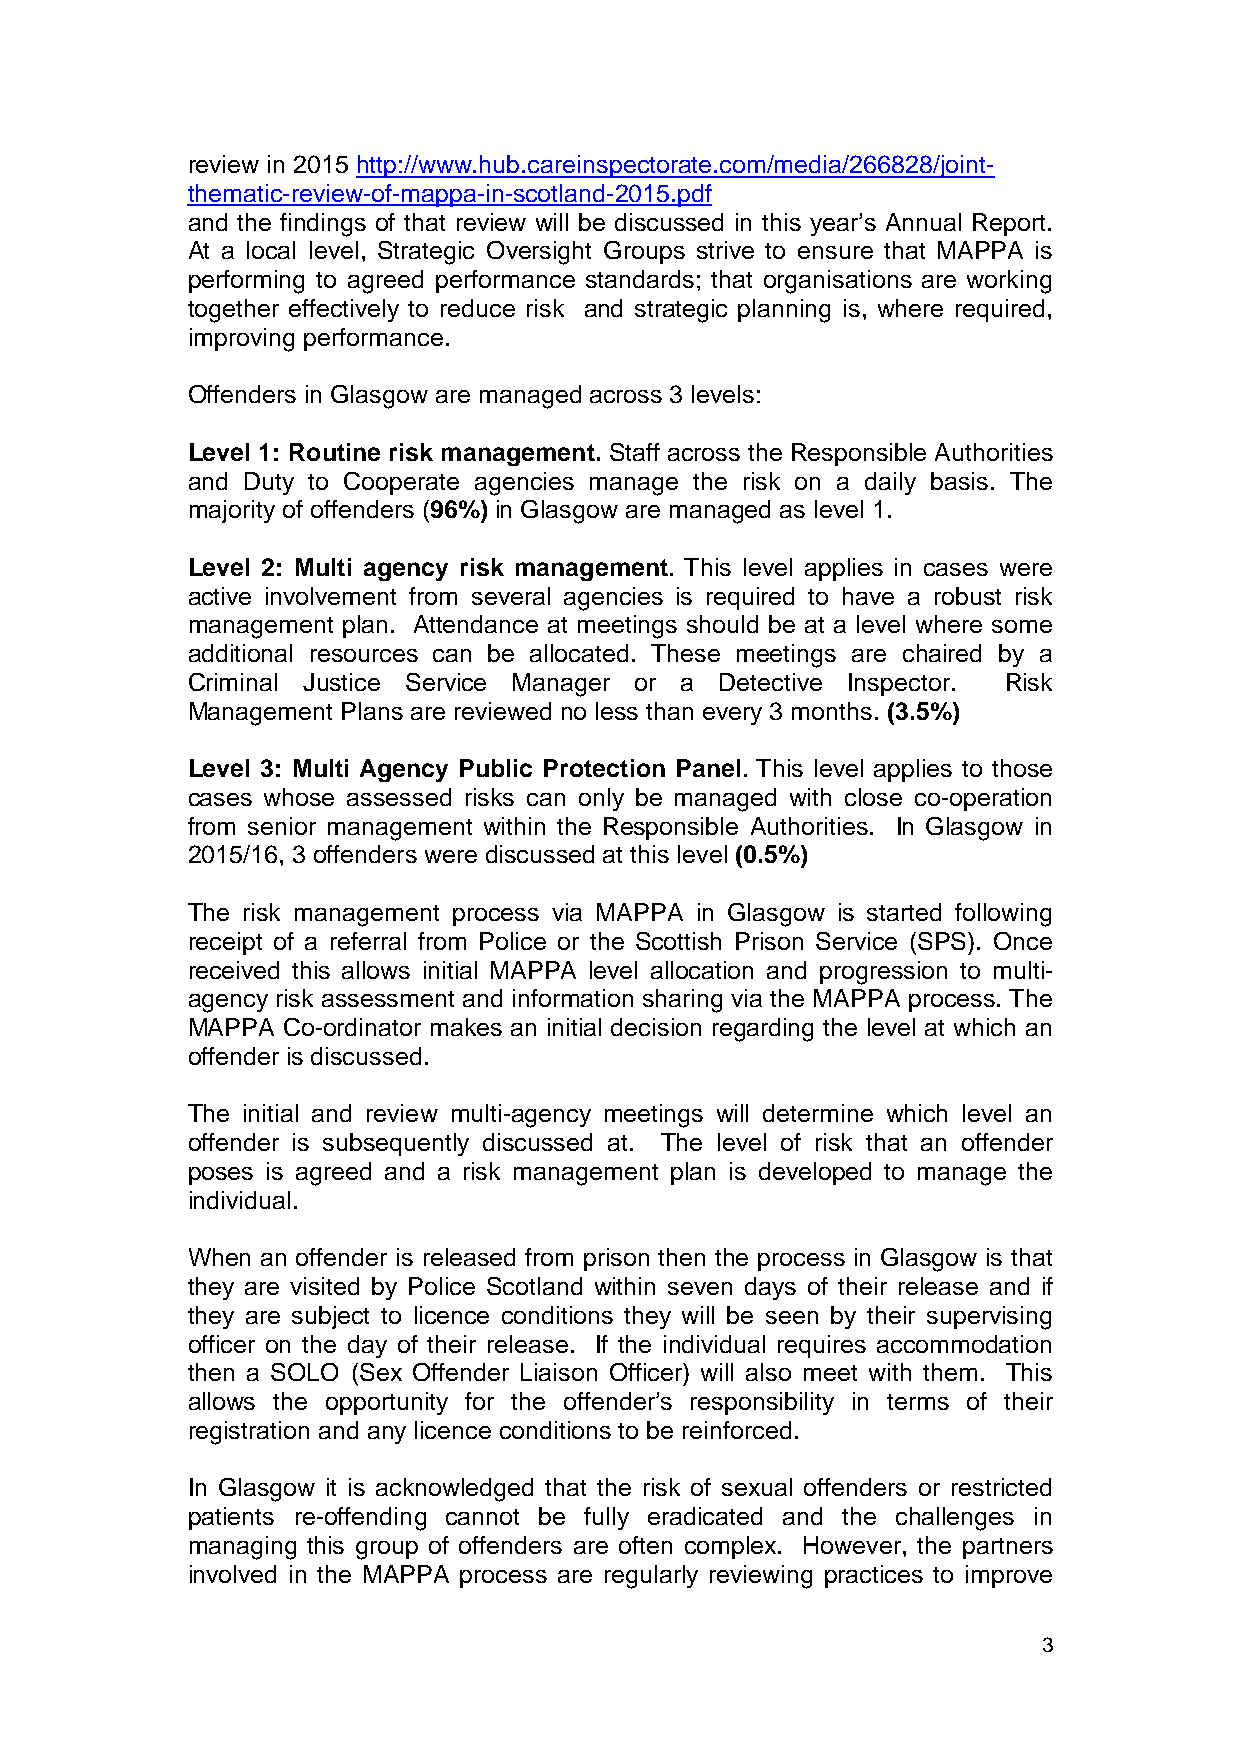
review in 2015 http://www.hub.careinspectorate.com/media/266828/joint-
 thematic-review-of-mappa-in-scotland-2015.pdf
 and the findings of that review will be discussed in this year’s Annual Report.
 At a local level, Strategic Oversight Groups strive to ensure that MAPPA is
 performing to agreed performance standards; that organisations are working
 together effectively to reduce risk and strategic planning is, where required,
 improving performance.
 Offenders in Glasgow are managed across 3 levels:
 Level 1: Routine risk management. Staff across the Responsible Authorities
 and Duty to Cooperate agencies manage the risk on a daily basis. The
 majority of offenders (96%) in Glasgow are managed as level 1.
 Level 2: Multi agency risk management. This level applies in cases were
 active involvement from several agencies is required to have a robust risk
 management plan. Attendance at meetings should be at a level where some
 additional resources can be allocated. These meetings are chaired by a
 Criminal Justice Service Manager or a Detective Inspector. Risk
 Management Plans are reviewed no less than every 3 months. (3.5%)
 Level 3: Multi Agency Public Protection Panel. This level applies to those
 cases whose assessed risks can only be managed with close co-operation
 from senior management within the Responsible Authorities. In Glasgow in
 2015/16, 3 offenders were discussed at this level (0.5%)
 The risk management process via MAPPA in Glasgow is started following
 receipt of a referral from Police or the Scottish Prison Service (SPS). Once
 received this allows initial MAPPA level allocation and progression to multi-
 agency risk assessment and information sharing via the MAPPA process. The
 MAPPA  Co-ordinator makes an initial decision regarding the level at which an
 offender is discussed.
 The initial and review multi-agency meetings will determine which level an
 offender is subsequently discussed at. The level of risk that an offender
 poses is agreed and a risk management plan is developed to manage the
 individual.
 When an offender is released from prison then the process in Glasgow is that
 they are visited by Police Scotland within seven days of their release and if
 they are subject to licence conditions they will be seen by their supervising
 officer on the day of their release. If the individual requires accommodation
 then a SOLO (Sex Offender Liaison Officer) will also meet with them. This
 allows the opportunity for the offender’s responsibility in terms of their
 registration and any licence conditions to be reinforced.
 In Glasgow it is acknowledged that the risk of sexual offenders or restricted
 patients re-offending cannot be fully eradicated and the challenges in
 managing this group of offenders are often complex. However, the partners
 involved in the MAPPA process are regularly reviewing practices to improve
 3